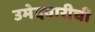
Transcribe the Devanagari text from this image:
उमेदवारीची